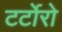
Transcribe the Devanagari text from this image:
टर्टोरो